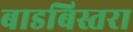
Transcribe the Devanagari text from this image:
बाडबिस्तरा